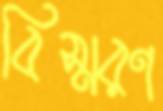
বিস্মরণ